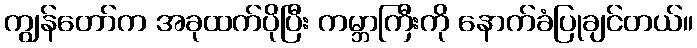
ကျွန်တော်က အခုထက်ပိုပြီး ကမ္ဘာကြီးကို နောက်ခံပြုချင်တယ်။